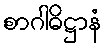
စာဂါဓိဋ္ဌာနံ